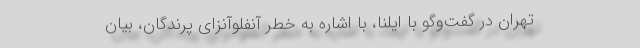
تهران در گفت‌وگو با ایلنا، با اشاره به خطر آنفلوآنزای پرندگان، بیان